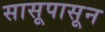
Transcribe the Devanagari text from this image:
सासूपासून